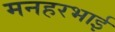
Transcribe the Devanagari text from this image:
मनहरभाई